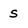
Character: S